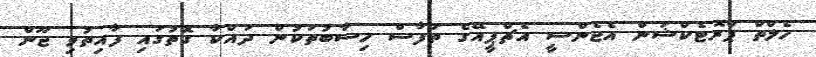
ހެލްތް ޕްރޮޓެކްޝަން އެޖެންސީ އެޗްޕީއޭގެ ތަފާސް ހިސާބުތަކުން ދައްކާ ގޮތުގައި ފާއިތުވި ޖޫން